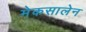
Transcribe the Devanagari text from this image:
मेकसालेन